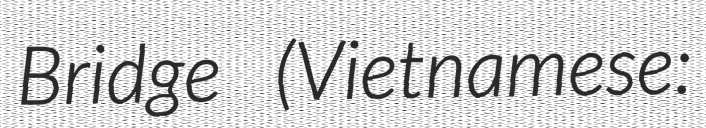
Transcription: Bridge (Vietnamese: